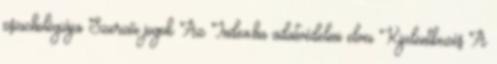
pszichológiája Szerzői jogok Az Index.hu adatvédelmi elvei Kijelentkezés A